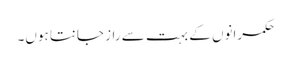
حکمرانوں کے بہت سے راز جانتا ہوں۔